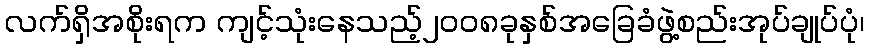
လက်ရှိအစိုးရက ကျင့်သုံးနေသည့်၂၀၀၈ခုနှစ်အခြေခံဖွဲ့စည်းအုပ်ချုပ်ပုံ၊